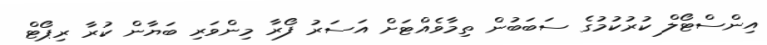
އިންސްޓޯލް ކުރުކުމުގެ ސަބަބުން ތިމާވެއްޓަށް އަސަރު ފޯރާ މިންވަރި ބަޔާން ކުރާ ރިޕޯޓް